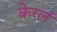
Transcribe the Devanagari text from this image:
केरलं